Senior Leaving Certificate Examination (including Day School Certificate (Higher) General paper), 1949
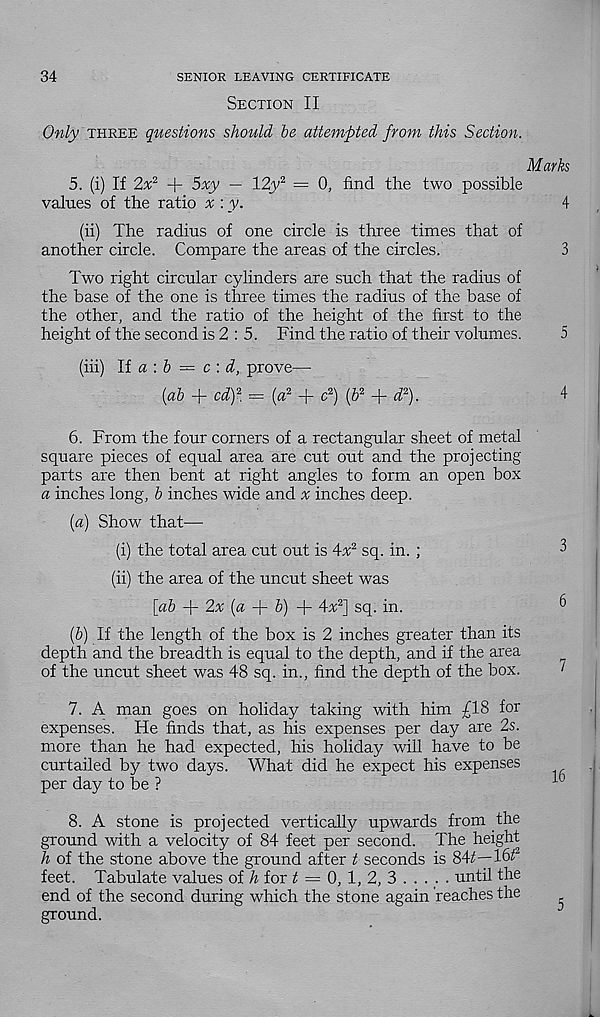
34
SENIOR LEAVING CERTIFICATE
Section II
Only three questions should, he attempted from this Section.
Marks
5. (i) If 2x 2 -f 5xy — 12>' 2 = 0, find the two possible
values of the ratio x \ y.
4
(ii) The radius of one circle is three times that of
another circle. Compare the areas of the circles.
3
Two right circular cylinders are such that the radius of
the base of the one is three times the radius of the base of
the other, and the ratio of the height of the first to the
height of the second is 2 : 5. Find the ratio of their volumes.
5
(hi) li a \ b = c \ d, prove—
{ah + cd) 2 = {a 2 + c 2 ) (6 2
d 2 ).
4
6. From the four corners of a rectangular sheet of metal
square pieces of equal area are cut out and the projecting
parts are then bent at right angles to form an open box
a inches long, h inches wide and x inches deep.
{a) Show that—
(i) the total area cut out is Ax 2 sq. in. ;
3
(ii) the area of the uncut sheet was
[ah + 2v (a + &) + Ax 2 ] sq. in.
6
(5) If the length of the box is 2 inches greater than its
depth and the breadth is equal to the depth, and if the area
of the uncut sheet was 48 sq. in., find the depth of the box.
7. A man goes on holiday taking with him £18 for
expenses. He finds that, as his expenses per day are 2s.
more than he had expected, his holiday will have to be
curtailed by two days. What did he expect his expenses
per day to be ?
^
8. A stone is projected vertically upwards from the
ground with a velocity of 84 feet per second. The height
h of the stone above the ground after t seconds is 84^—16^
feet. Tabulate values of h for ^ = 0, 1, 2, 3
until the
end of the second during which the stone again reaches the
ground.